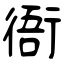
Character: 衙